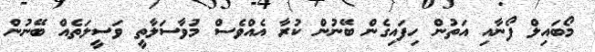
މޯބައިލް ފޯނާއި އަތުން ހިފައިގެން ބޭނުން ކުރާ އެއްވެސް މުވާސަލާތީ ވަސީލަތެއް ބޭނުން